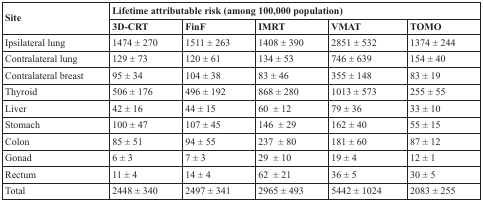
<table><thead><tr><td rowspan="2"><b>Site</b></td><td colspan="5"><b>Lifetime attributable risk (among 100,000 population)</b></td></tr><tr><td><b>3D-CRT</b></td><td><b>FinF</b></td><td><b>IMRT</b></td><td><b>VMAT</b></td><td><b>TOMO</b></td></tr></thead><tbody><tr><td>Ipsilateral lung</td><td>1474 ± 270</td><td>1511 ± 263</td><td>1408 ± 390</td><td>2851 ± 532</td><td>1374 ± 244</td></tr><tr><td>Contralateral lung</td><td>129 ± 73</td><td>120 ± 61</td><td>134 ± 53</td><td>746 ± 639</td><td>154 ± 40</td></tr><tr><td>Contralateral breast</td><td>95 ± 34</td><td>104 ± 38</td><td>83 ± 46</td><td>355 ± 148</td><td>83 ± 19</td></tr><tr><td>Thyroid</td><td>506 ± 176</td><td>496 ± 192</td><td>868 ± 280</td><td>1013 ± 573</td><td>255 ± 55</td></tr><tr><td>Liver</td><td>42 ± 16</td><td>44 ± 15</td><td>60 ± 12</td><td>79 ± 36</td><td>33 ± 10</td></tr><tr><td>Stomach</td><td>100 ± 47</td><td>107 ± 45</td><td>146 ± 29</td><td>162 ± 40</td><td>55 ± 15</td></tr><tr><td>Colon</td><td>85 ± 51</td><td>94 ± 55</td><td>237 ± 80</td><td>181 ± 60</td><td>87 ± 12</td></tr><tr><td>Gonad</td><td>6 ± 3</td><td>7 ± 3</td><td>29 ± 10</td><td>19 ± 4</td><td>12 ± 1</td></tr><tr><td>Rectum</td><td>11 ± 4</td><td>14 ± 4</td><td>62 ± 21</td><td>36 ± 5</td><td>30 ± 5</td></tr><tr><td>Total</td><td>2448 ± 340</td><td>2497 ± 341</td><td>2965 ± 493</td><td>5442 ± 1024</td><td>2083 ± 255</td></tr></tbody></table>